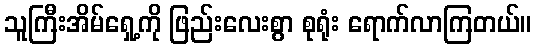
သူကြီးအိမ်ရှေ့ကို ဖြည်းလေးစွာ စုရုံး ရောက်လာကြတယ်။